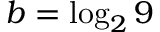
b = \log _ { 2 } 9